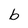
Character: b